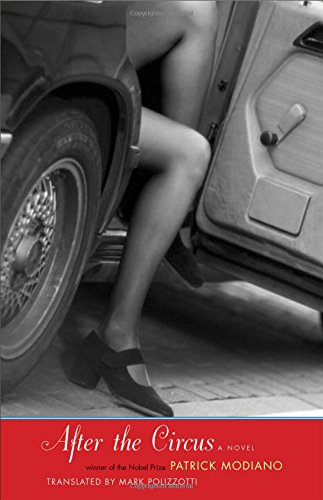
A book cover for After the Circus: A Novel (The Margellos World Republic of Letters); Patrick Modiano; Literature & Fiction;